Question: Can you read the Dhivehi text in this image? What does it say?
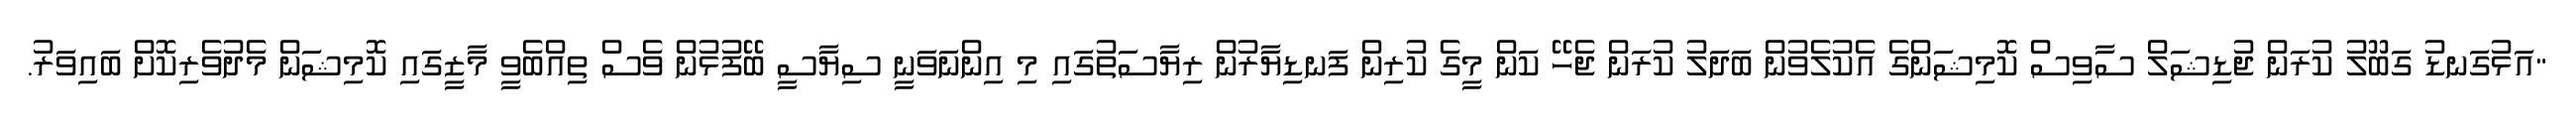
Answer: "އަޅުގަނޑު ގަބޫލު ކުރަން ޖުޑިޝަލް ސާވިސް ކޮމިޝަންގެ އެކުލެވުން ބަދަލު ކުރަން ޖެހޭ ކަން މީގެ ކުރިން ފަނޑިޔާރުން ރިޔާސަތުގައި މި އިންނަވަނީ ސިޔާސީ ބޭފުޅުން ވެސް ތިއްބެވީ މާޒީގައި ކޮމިޝަން މެދުވެރިކޮށް ބައިވަރު.